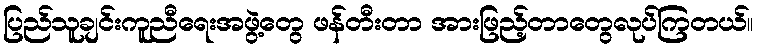
ပြည်သူချင်းကူညီရေးအဖွဲ့တွေ ဖန်တီးတာ အားဖြည့်တာတွေလုပ်ကြတယ်။